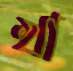
খা